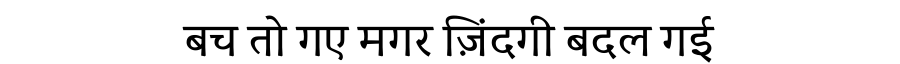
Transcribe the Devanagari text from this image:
बच तो गए मगर ज़िंदगी बदल गई